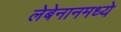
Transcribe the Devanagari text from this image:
लेबेनानमध्ये